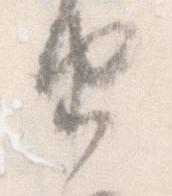
由